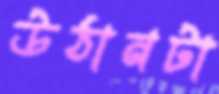
উঠানটা